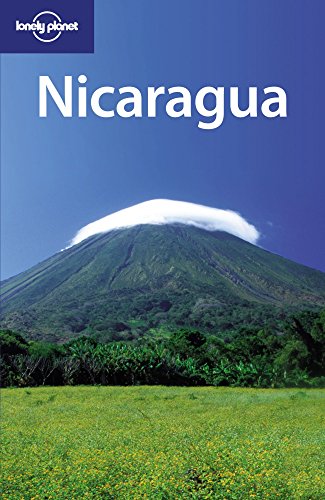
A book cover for Lonely Planet Nicaragua (Country Travel Guide); Lucas Vidgen; Travel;